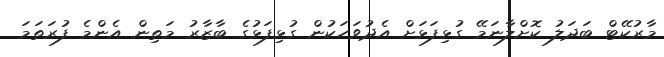
މާރުކޭޓް ބަދަލު ކޮށްލާނަމޭ ގުޅިފަޅަށް އެދުވަހަކުން ގުޅިފަޅުގެ ބާޒާރު މަތިން އެންމެ ފުރަތަމަ